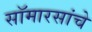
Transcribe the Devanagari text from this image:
सॉमारसांचे